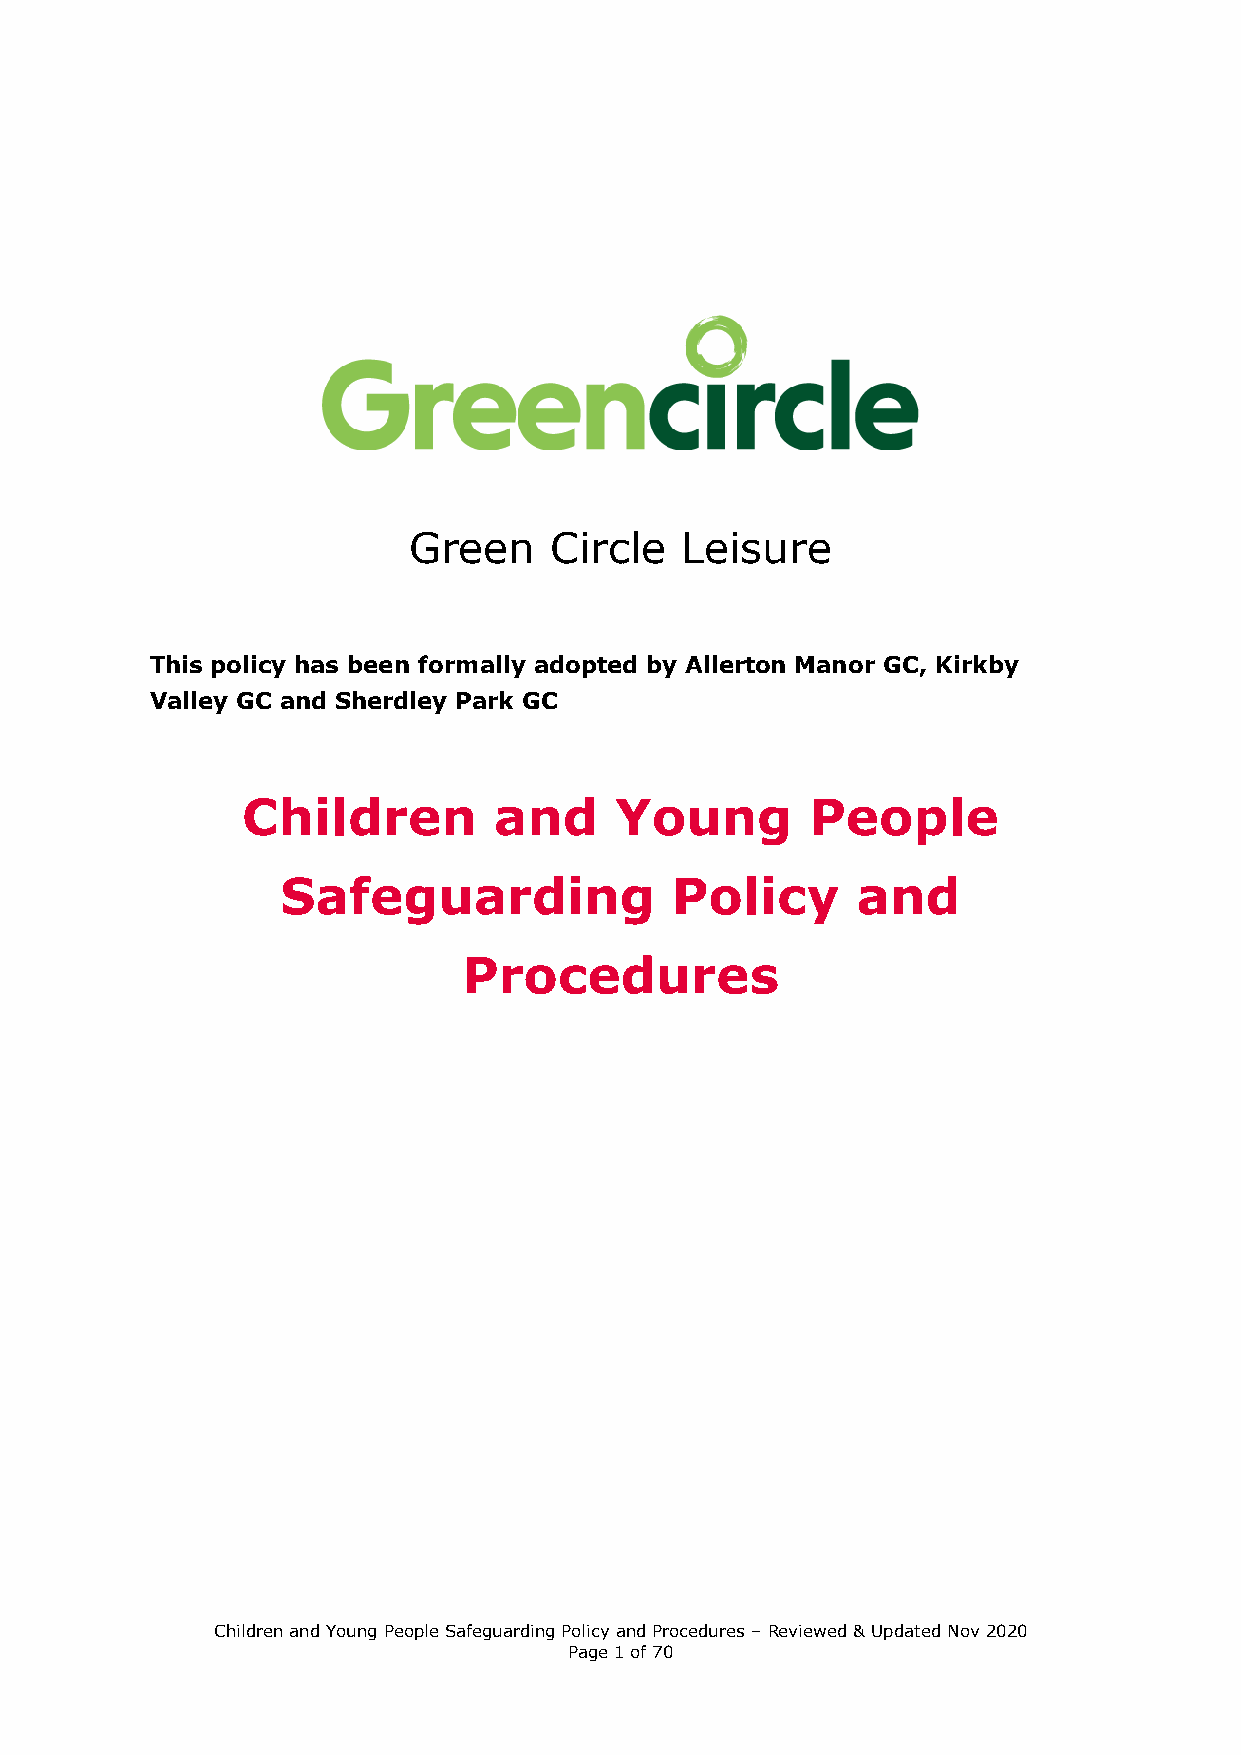
Green    Circle   Leisure
 This policy has been formally adopted by Allerton Manor GC, Kirkby
 Valley GC and Sherdley Park GC
 Children         and     Young        People
 Safeguarding             Policy       and
 Procedures
 Children and Young People Safeguarding Policy and Procedures – Reviewed & Updated Nov 2020
 Page 1 of 70